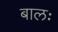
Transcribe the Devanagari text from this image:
बालः